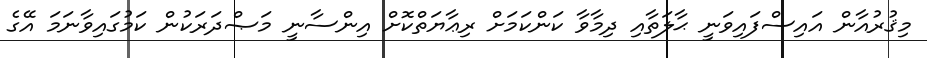
މިޤުރުއާން އައިސްފައިވަނީ ޙާލަތާއި ދިމާވާ ކަންކަމަށް ރިޢާޔަތްކޮށް އިންސާނީ މަޞްދަރަކުން ކަމުގައިވާނަމަ އޭގެ